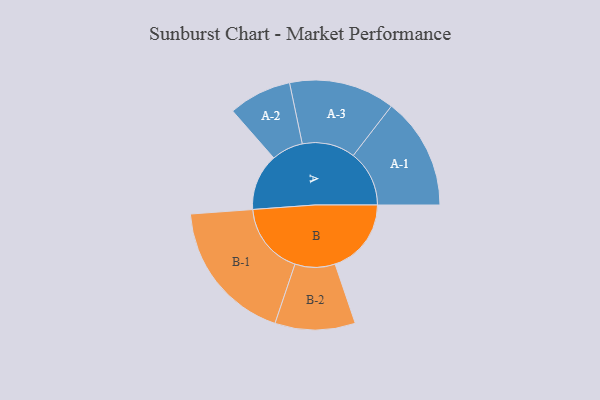
{"axis": {"x": "Segment", "y": "Value"}, "legend": ["", "A", "B"], "data": [{"x": "A", "y": 185, "type": ""}, {"x": "B", "y": 249, "type": ""}, {"x": "A-1", "y": 183, "type": "A"}, {"x": "A-2", "y": 103, "type": "A"}, {"x": "A-3", "y": 173, "type": "A"}, {"x": "B-1", "y": 235, "type": "B"}, {"x": "B-2", "y": 131, "type": "B"}]}